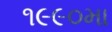
૧૯૯૦મા